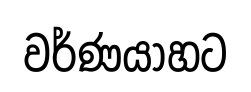
වර්ණයාහට